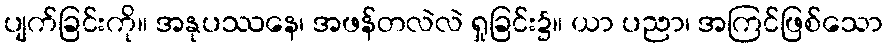
ပျက်ခြင်းကို။ အနုပဿနေ၊ အဖန်တလဲလဲ ရှုခြင်း၌။ ယာ ပညာ၊ အကြင်ဖြစ်သော